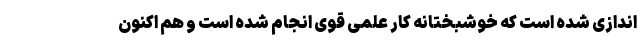
اندازی شده است که خوشبختانه کار علمی قوی انجام شده است و هم اکنون